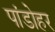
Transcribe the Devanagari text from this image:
पांडोहर